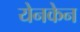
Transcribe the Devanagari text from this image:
येनकेन